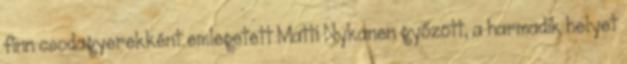
finn csodagyerekként emlegetett Matti Nykanen győzött, a harmadik helyet